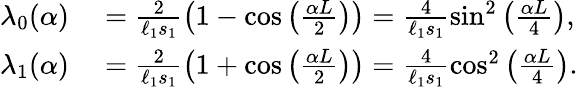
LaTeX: \begin{array}{rl}{\lambda_{0}(\alpha)}&{{}=\frac{2}{\ell_{1}s_{1}}\left(1-\cos\left(\frac{\alpha L}{2}\right)\right)=\frac{4}{\ell_{1}s_{1}}\sin^{2}\left(\frac{\alpha L}{4}\right),}\\ {\lambda_{1}(\alpha)}&{{}=\frac{2}{\ell_{1}s_{1}}\left(1+\cos\left(\frac{\alpha L}{2}\right)\right)=\frac{4}{\ell_{1}s_{1}}\cos^{2}\left(\frac{\alpha L}{4}\right).}\end{array}